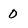
Character: 0